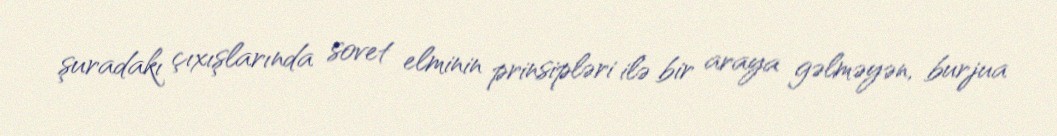
şuradakı çıxışlarında sovet elminin prinsipləri ilə bir araya gəlməyən, burjua